Report on horse surra - Volume I
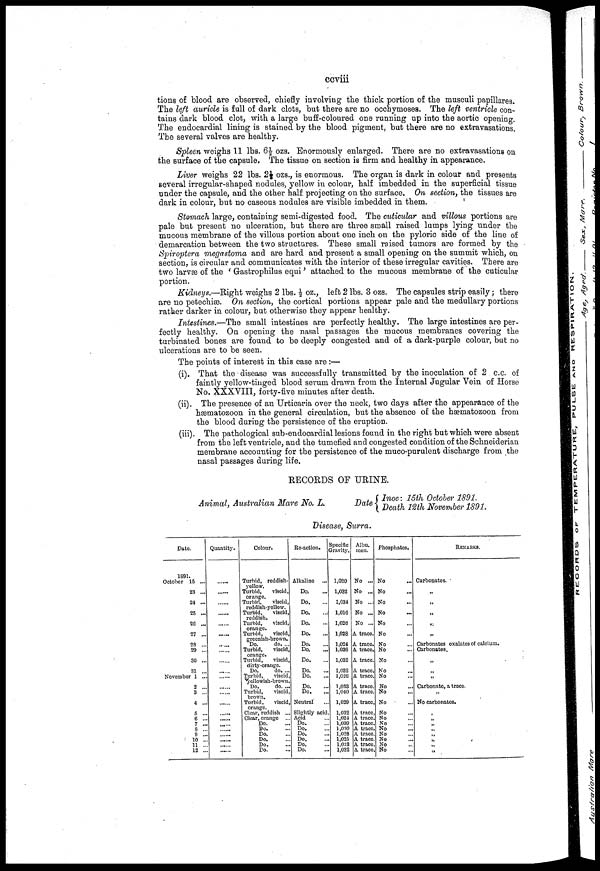
ccviii
tions of blood are observed, chiefly involving the thick portion of the musculi papillares.
The left auricle is full of dark clots, but there are no occhymoses. The left ventricle con-
tains dark blood clot, with a large buff-coloured one running up into the aortic opening.
The endocardial lining is stained by the blood pigment, but there are no extravasations.
The several valves are healthy.
Spleen weighs 11 lbs. 6½ ozs. Enormously enlarged. There are no extravasations on
the surface of the capsule. The tissue on section is firm and healthy in appearance.
Liver weighs 22 lbs. 2½ ozs., is enormous. The organ is dark in colour and presents
several irregular-shaped nodules, yellow in colour, half imbedded in the superficial tissue
under the capsule, and the other half projecting on the surface. On section, the tissues are
dark in colour, but no caseous nodules are visible imbedded in them.
Stomach large, containing semi-digested food. The cuticular and villous portions are
pale but present no ulceration, but there are three small raised lumps lying under the
mucous membrane of the villous portion about one inch on the pyloric side of the line of
demarcation between the two structures. These small raised tumors are formed by the
Spiroptera megastoma and are hard and present a small opening on the summit which, on
section, is circular and communicates with the interior of these irregular cavities. There are
two larvæ of the ' Gastrophilus equi' attached to the mucous membrane of the cuticular
portion.
Kidneys.—Right weighs 2 lbs. ½ oz., left 2 lbs. 3 ozs. The capsules strip easily; there
are no petechiæ. On section, the cortical portions appear pale and the medullary portions
rather darker in colour, but otherwise they appear healthy.
Intestines.—The small intestines are perfectly healthy. The large intestines are per-
fectly healthy. On opening the nasal passages the mucous membranes covering the
turbinated bones are found to be deeply congested and of a dark-purple colour, but no
ulcerations are to be seen.
The points of interest in this case are:—
(i). That the disease was successfully transmitted by the inoculation of 2 c.c. of
faintly yellow-tinged blood serum drawn from the Internal Jugular Vein of Horse
No. XXXVIII, forty-five minutes after death.
(ii). The presence of an Urticaria over the neck, two days after the appearance of the
hæmatozoon in the general circulation, but the absence of the hæmatozoon from
the blood during the persistence of the eruption.
(iii). The pathological sub-endocardial lesions found in the right but which were absent
from the left ventricle, and the tumefied and congested condition of the Schneiderian
membrane accounting for the persistence of the muco-purulent discharge from the
nasal passages during life.
RECORDS OF URINE.
Animal, Australian Mare No. L. Date { Inoc: 15th October 1891.
Death 12th November 1891.
Disease, Surra.
Date.
1891.
October 15 ...
23 ...
24 ...
25 ...
26 ...
27 ...
28 ...
29 ...
30 ...
31 ...
November 1 ...
2 ...
3 ...
4 ...
5 ...
6 ...
7 ...
8 ...
9 ...
10 ...
11 ...
12 ...
Quantity.
.....
.....
....
.....
.....
......
......
......
...
....
....
....
..... ......
....
....
....
....
...
....
Colour.
Turbid, reddish-
yellow.
Turbid,
viscid,
orange.
Turbid, viscid,
reddish-yellow. Turbid,
viscid,
reddish.
Turbid,
viscid,
orange.
Turbid, viscid,
greenish-brown.
Do.
do,...
Turbid,
viscid,
orange.
Turbid, viscid,
dirty-orange.
Do.
do. ...
Turbid,
viscid,
yellowish-brown.
Do.
do. ...
Turbid,
viscid,
brown.
Turbid,
viscid,
orange.
Clear, reddish ...
Clear, orange ...
Do.
Do.
Do.
Do.
Do.
Do.
Re-action.
Alkaline
Do.
Do.
Do.
Do.
Do.
Do.
Do.
Do.
Do.
Do.
Do.
Do.
Neutral...
Slightly acid.
Acid
Do.
Do.
Do.
Do.
Do.
Do.
Specific
Gravity.
1,020
1,032
1,034
1,016
1,026
1,028
1,024
1,036
1,032
1,032
1,026
1,033
1,040
1,029
1,032
1,024
1,030
1,030
1,028
1,025
1,0.28
1,032
Albu.
men.
No ...
No ...
No ...
No ...
No ...
A trace.
A trace.
A trace.
A trace.
A trace.
A trace.
A trace.
A trace.
A trace.
A trace,
A trace.
A trace.
A trace.
A trace.
A trace.
A trace.
A trace.
Phosphates.
No
No
No
No
...
No
No
No
No
No
No
No
No
No
No
No
No
No
No
No
No
No
No
REMARKS.
Carbonates.
„
„
„
„
„
„ Carbonates oxalates of calcium.
Carbonates.
„
„
„
„
Carbonate, a trace.
„
No carbonates.
„
„
„
„
„
„
„
„